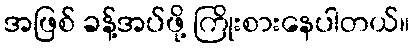
အဖြစ် ခန့်အပ်ဖို့ ကြိုးစားနေပါတယ်။